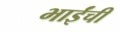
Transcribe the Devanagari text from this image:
भाईंची